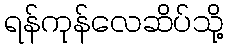
ရန်ကုန်လေဆိပ်သို့